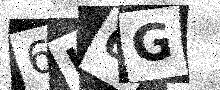
Text: 6K6G